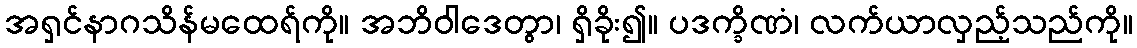
အရှင်နာဂသိန်မထေရ်ကို။ အဘိဝါဒေတွာ၊ ရှိခိုး၍။ ပဒက္ခိဏံ၊ လက်ယာလှည့်သည်ကို။